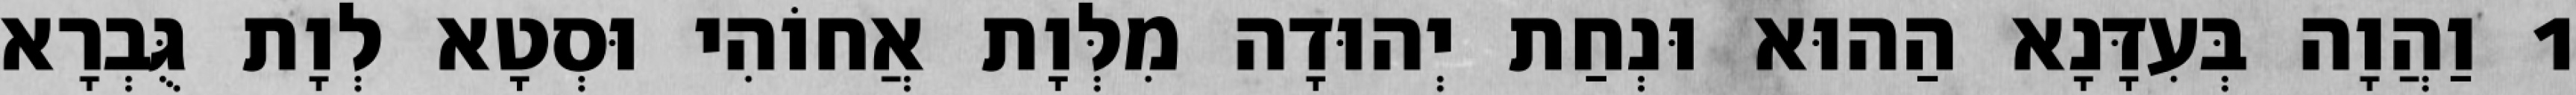
1 וַהֲוָה בְּעִדָּנָא הַהוּא וּנְחַת יְהוּדָה מִלְּוָת אֲחוֹהִי וּסְטָא לְוָת גֻּבְרָא